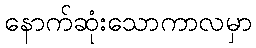
နောက်ဆုံးသောကာလမှာ